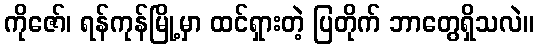
ကိုဇော်၊ ရန်ကုန်မြို့မှာ ထင်ရှားတဲ့ ပြတိုက် ဘာတွေရှိသလဲ။